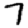
Digit: 7